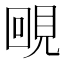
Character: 𧠲